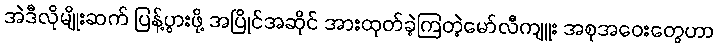
အဲဒီလိုမျိုးဆက် ပြန့်ပွားဖို့ အပြိုင်အဆိုင် အားထုတ်ခဲ့ကြတဲ့မော်လီကျူး အစုအဝေးတွေဟာ